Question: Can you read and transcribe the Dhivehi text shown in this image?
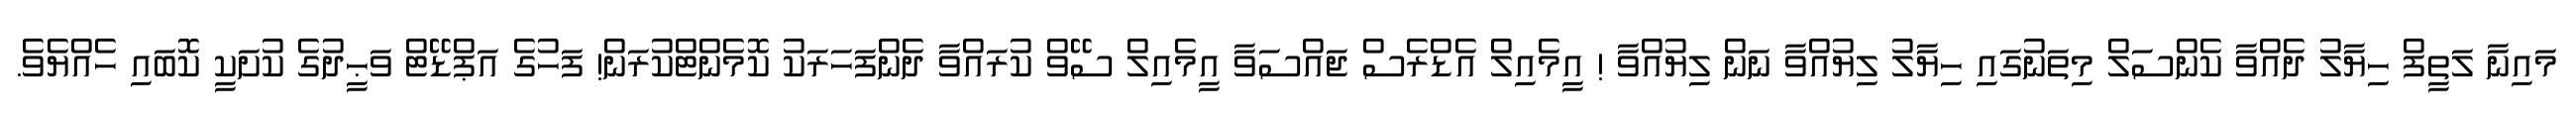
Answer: މައިނާ ލަތީފް ހިޔާލު ދެއްވާ ކެންސަލް މިތަނުގައި ހިޔާލު ލިޔުއްވާ ނަން ލިޔުއްވާ ! އީމެއިލް އެޑްރެސް ޖައްސަވާ އީމެއިލް ސޭވް ކުރައްވާ ދެންފަހަރަކު ކޮމެންޓްކުރަން! ފަހުގެ އަޕްޑޭޓް ވަޙީދުގެ ކުށަކީ ކޮބައި ހެއްޔެވެ.